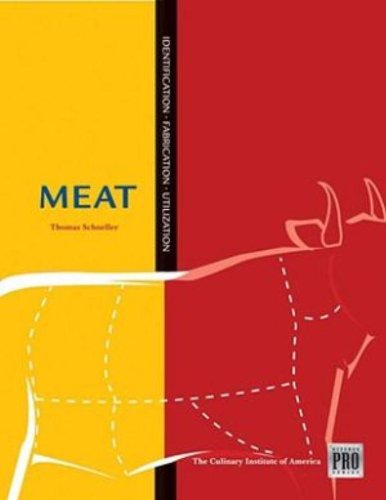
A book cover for Kitchen Pro Series: Guide to Meat Identification, Fabrication and Utilization; Culinary Institute of America; Cookbooks, Food & Wine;